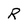
Character: R